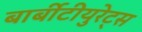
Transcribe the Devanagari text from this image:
बार्बीटीयुरेट्स